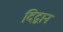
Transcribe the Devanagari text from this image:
दिद्वान